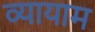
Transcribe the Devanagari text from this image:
व्‍यायाम